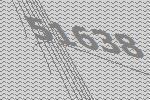
51638